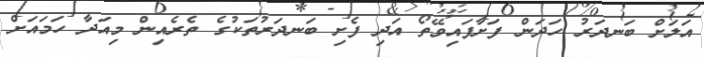
އަލަށް ބަނދަރު ހަދަން ފަށާފައިވޭތޯ އަދި ފެށި ބަނދަރުތަކުގެ ތެރެއިން މިއަދާ ހަމައަށް